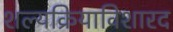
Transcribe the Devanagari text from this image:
शल्यक्रियाविशारद